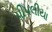
પીપલીયા